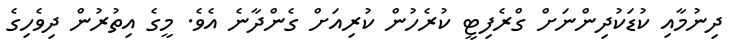
ދިނުމާއި ކުޑަކުދިންނަށް ގްރެފިޓީ ކުރެހުން ކުރިއަށް ގެންދާނެ އެވެ. މީގެ އިތުރުން ދިވެހިގެ